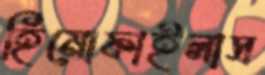
হিমোফাইলাস